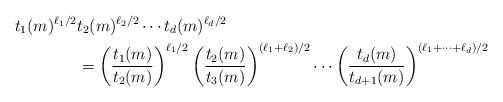
LaTeX: \begin{align*} t_1(m)^{\ell_1/2} &t_2(m)^{\ell_2/2} \dotsm t_d(m)^{\ell_d/2} \\&= \left( \frac{t_1(m)}{t_2(m)} \right)^{\ell_1/2} \left( \frac{t_2(m)}{t_3(m)} \right)^{(\ell_1 + \ell_2)/2} \dotsm\left( \frac{t_d(m)}{t_{d+1}(m)} \right)^{(\ell_1 + \dotsb + \ell_d)/2}\end{align*}